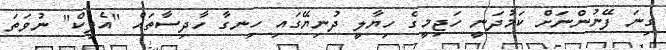
ގިނަ ފޭނުންނަށް ކަމުދަނީ ހަޖިމީގެ ހިޔާލީ ދުނިޔޭގައި ހިނގާ ހާދިސާތައް "އެޕިކް" ނުވަތަ